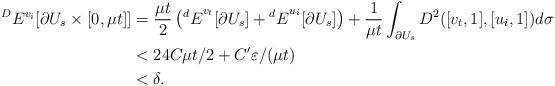
LaTeX: \begin{align*}^D E^{v_i}[\partial U_s \times [0, \mu t]] &= \frac {\mu t} 2 \left({^d E}^{ v_t} [\partial U_{s} ]+ {^d E}^{ u_i} [\partial U_{s} ] \right) + \frac 1{\mu t} \int_{\partial U_{s} } D^2([v_t,1],[u_i,1]) d\sigma \\&< 24C \mu t /2+ C'\varepsilon/(\mu t)\\& < \delta.\end{align*}